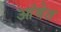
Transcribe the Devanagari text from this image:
आंबेत